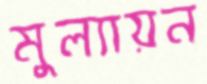
মুল্যায়ন